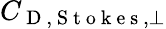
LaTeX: C_{\mathrm{~D~,~S~t~o~k~e~s~},\perp}